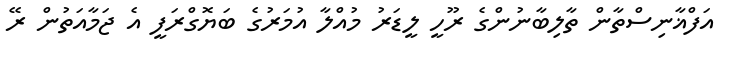
އަފްޣާނިސްތާން ތާލިބާނުންގެ ރޫހީ ލީޑަރު މުއްލާ އުމަރުގެ ބަޔޮގްރަފީ އެ ޖަމާއަތުން ރޭ